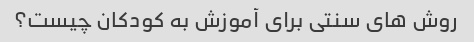
روش های سنتی برای آموزش به کودکان چیست؟